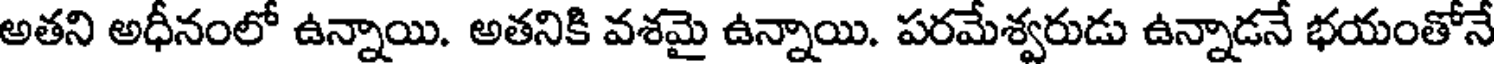
అతని అధీనంలో ఉన్నాయి. అతనికి వశమై ఉన్నాయి. పరమేశ్వరుడు ఉన్నాడనే భయంతోనే